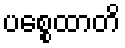
ပစ္စေထာတိ